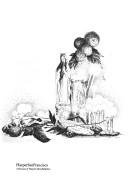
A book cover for A War of Witches: A Journey into the Underworld of the Contemporary Aztecs; T. J. Knab; History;